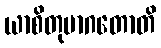
ယာစိတုမာဂတောတိ